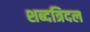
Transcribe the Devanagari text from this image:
शब्दत्रिदल